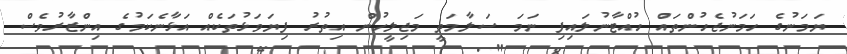
ޔަމަނުގެ ހަމަނުޖެހުންތައް ހުއްޓާނުލައިފި ނަމަ ސަލާމަތީ މަޖިލީހުން އިތުރު ފިޔަވަޅުތަކެއް އަޅާނެކަމުގެ އިންޒާރުވެސް